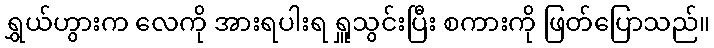
ရွှယ်ဟွားက လေကို အားရပါးရ ရှူသွင်းပြီး စကားကို ဖြတ်ပြောသည်။